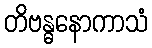
တိဗန္ဓနောကာသံ